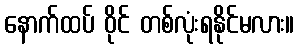
နောက်ထပ် ဝိုင် တစ်လုံးရနိုင်မလား။